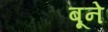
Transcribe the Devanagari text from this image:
बूने